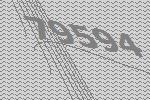
79594